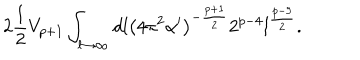
LaTeX: 2 \frac { 1 } { 2 } V _ { p + 1 } \int _ { l \to \infty } d l \left( 4 \pi ^ { 2 } \alpha ^ { \prime } \right) ^ { - \frac { p + 1 } { 2 } } 2 ^ { p - 4 } l ^ { \frac { p - 9 } { 2 } } .